Vaccine operations Central Provinces 1868-1885 - 1868-1885
Year: 1868
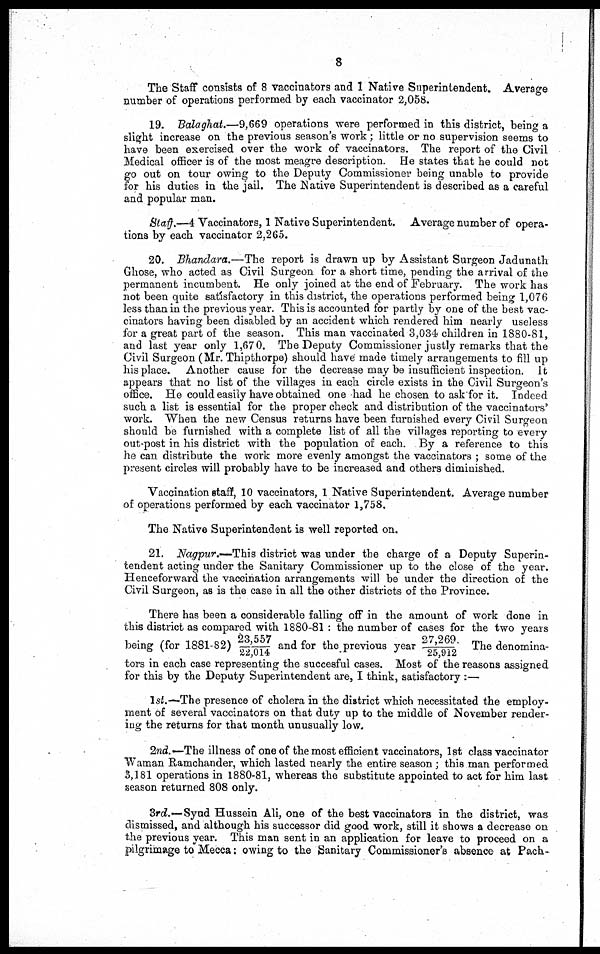
8
The Staff consists of 8 vaccinators and 1 Native Superintendent. Average
number of operations performed by each vaccinator 2,058.
19. Balaghat.—9,669 operations were performed in this district, being a
slight increase on the previous season's work; little or no supervision seems to
have been exercised over the work of vaccinators. The report of the Civil
Medical officer is of the most meagre description. He states that he could not
go out on tour owing to the Deputy Commissioner being unable to provide
for his duties in the jail. The Native Superintendent is described as a careful
and popular man.
Staff.—4 Vaccinators, 1 Native Superintendent. Average number of opera-
tions by each vaccinator 2,265.
20. Bhandara.—The report is drawn up by Assistant Surgeon Jadunath
Ghose, who acted as Civil Surgeon for a short time, pending the arrival of the
permanent incumbent. He only joined at the end of February. The work has
not been quite satisfactory in this district, the operations performed being 1,076
less than in the previous year. This is accounted for partly by one of the best vac-
cinators having been disabled by an accident which rendered him nearly useless
for a great part of the season. This man vaccinated 3,034 children in 1880-81,
and last year only 1,670. The Deputy Commissioner justly remarks that the
Civil Surgeon (Mr. Thipthorpe) should have made timely arrangements to fill up
his place. Another cause for the decrease may be insufficient inspection. It
appears that no list of the villages in each circle exists in the Civil Surgeon's
office. He could easily have obtained one had he chosen to ask for it. Indeed
such a list is essential for the proper check and distribution of the vaccinators'
work. When the new Census returns have been furnished every Civil Surgeon
should be furnished with a complete list of all the villages reporting to every
out-post in his district with the population of each. By a reference to this
he can distribute the work more evenly amongst the vaccinators ; some of the
present circles will probably have to be increased and others diminished.
Vaccination staff, 10 vaccinators, 1 Native Superintendent. Average number
of operations performed by each vaccinator 1,758.
The Native Superintendent is well reported on.
21. Nagpur.—This district was under the charge of a Deputy Superin-
tendent acting under the Sanitary Commissioner up to the close of the year.
Henceforward the vaccination arrangements will be under the direction of the
Civil Surgeon, as is the case in all the other districts of the Province.
There has been a considerable falling off in the amount of work done in
this district as compared with 1880-81 : the number of cases for the two years
being (for 1881-82)23,557/22,014 and for the previous year 27,269/25,912. The denomina-
tors in each case representing the succesful cases. Most of the reasons assigned
for this by the Deputy Superintendent are, I think, satisfactory :—
1st.— The presence of cholera in the district which necessitated the employ-
ment of several vaccinators on that duty up to the middle of November render-
ing the returns for that month unusually low.
2nd.— The illness of one of the most efficient vaccinators, 1st class vaccinator
Waman Ramchander, which lasted nearly the entire season; this man performed
3,181 operations in 1880-81, whereas the substitute appointed to act for him last
season returned 808 only.
3rd.—Syud Hussein Ali, one of the best vaccinators in the district, was
dismissed, and although his successor did good work, still it shows a decrease on
the previous year. This man sent in an application for leave to proceed on a
pilgrimage to Mecca: owing to the Sanitary Commissioner's absence at Pach-